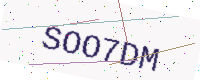
Text: SOO7DM